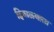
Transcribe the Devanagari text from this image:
हिवाळ्याला